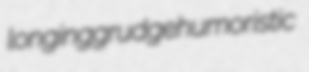
longing grudge humoristic